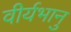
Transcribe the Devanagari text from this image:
वीर्यभानु